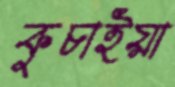
কুচাইয়া